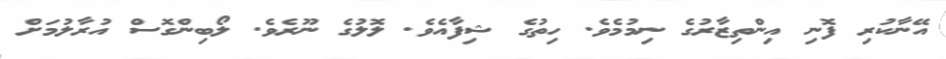
އޭނާކުރި ފޮނި އިންތިޒާރުގެ ނިމުމެވެ. ހިތުގެ ޝިފާއެވެ. ލޮލުގެ ނޫރެވެ. ލޯބިންގޮސް އުރާލުމަށް